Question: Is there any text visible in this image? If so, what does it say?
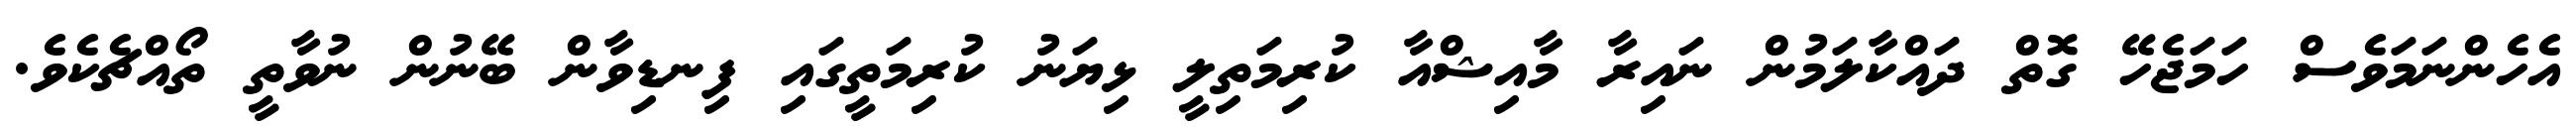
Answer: އެހެންނަމަވެސް ހަމަޖެހޭ ގޮތް ދައްކާލަމުން ނައިރާ މާއިޝްއާ ކުރިމަތިލީ ޅިޔަނު ކުރިމަތީގައި ފިނޑިވާން ބޭނުން ނުވާތީ ތޯއްޗެކެވެ.